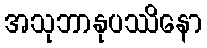
အသုဘာနုပဿိနော